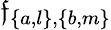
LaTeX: {{\mathfrak{f}_{\left\{ {a,l}\right\} ,\left\{ {b,m}\right\} }}}